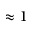
\approx 1